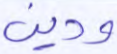
ودين